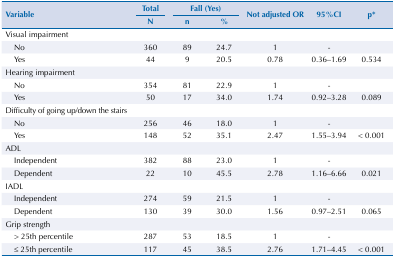
<table><thead><tr><td rowspan="3"><b>Variable</b></td><td><b>Total</b></td><td colspan="2"><b>Fall (Yes)</b></td><td rowspan="3"><b>Not adjusted OR</b></td><td rowspan="3"><b>95%CI</b></td><td rowspan="3"><b>p*</b></td></tr><tr><td><b>N</b></td><td><b>n</b></td><td><b>%</b></td></tr></thead><tbody><tr><td>Visual impairment</td><td> </td><td> </td><td> </td><td> </td><td> </td><td> </td></tr><tr><td>No</td><td>360</td><td>89</td><td>24.7</td><td>1</td><td>-</td><td> </td></tr><tr><td>Yes</td><td>44</td><td>9</td><td>20.5</td><td>0.78</td><td>0.36–1.69</td><td>0.534</td></tr><tr><td>Hearing impairment</td><td> </td><td> </td><td> </td><td> </td><td> </td><td> </td></tr><tr><td>No</td><td>354</td><td>81</td><td>22.9</td><td>1</td><td>-</td><td> </td></tr><tr><td>Yes</td><td>50</td><td>17</td><td>34.0</td><td>1.74</td><td>0.92–3.28</td><td>0.089</td></tr><tr><td>Difficulty of going up/down the stairs</td><td> </td><td> </td><td> </td><td> </td><td> </td><td> </td></tr><tr><td>No</td><td>256</td><td>46</td><td>18.0</td><td>1</td><td>-</td><td> </td></tr><tr><td>Yes</td><td>148</td><td>52</td><td>35.1</td><td>2.47</td><td>1.55–3.94</td><td>&lt; 0.001</td></tr><tr><td>ADL</td><td> </td><td> </td><td> </td><td> </td><td> </td><td> </td></tr><tr><td>Independent</td><td>382</td><td>88</td><td>23.0</td><td>1</td><td>-</td><td> </td></tr><tr><td>Dependent</td><td>22</td><td>10</td><td>45.5</td><td>2.78</td><td>1.16–6.66</td><td>0.021</td></tr><tr><td>IADL</td><td> </td><td> </td><td> </td><td> </td><td> </td><td> </td></tr><tr><td>Independent</td><td>274</td><td>59</td><td>21.5</td><td>1</td><td>-</td><td> </td></tr><tr><td>Dependent</td><td>130</td><td>39</td><td>30.0</td><td>1.56</td><td>0.97–2.51</td><td>0.065</td></tr><tr><td>Grip strength</td><td> </td><td> </td><td> </td><td> </td><td> </td><td> </td></tr><tr><td>&gt; 25th percentile</td><td>287</td><td>53</td><td>18.5</td><td>1</td><td>-</td><td> </td></tr><tr><td>≤ 25th percentile</td><td>117</td><td>45</td><td>38.5</td><td>2.76</td><td>1.71–4.45</td><td>&lt; 0.001</td></tr></tbody></table>